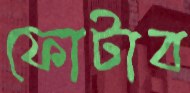
ফোটাব